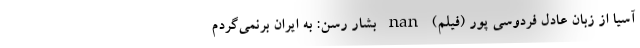
آسیا از زبان عادل فردوسی پور (فیلم) nan بشار رسن: به ایران برنمی‌گردم